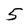
Character: 5